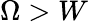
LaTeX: \Omega>W